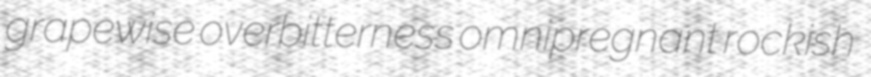
grapewise overbitterness omnipregnant rockish